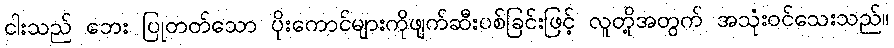
ငါးသည် ဘေး ပြုတတ်သော ပိုးကောင်များကိုဖျက်ဆီးပစ်ခြင်းဖြင့် လူတို့အတွက် အသုံးဝင်သေးသည်။